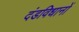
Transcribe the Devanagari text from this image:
दंडविधानों